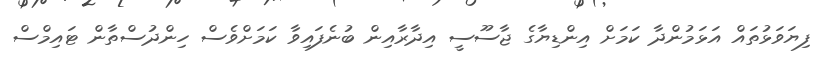
ފިޔަވަޅުތައް އަޅަމުންދާ ކަމަށް އިންޑިޔާގެ ޖާސޫސީ އިދާރާއިން ބުނެފައިވާ ކަމަށްވެސް ހިންދުސްތާން ޓައިމްސް